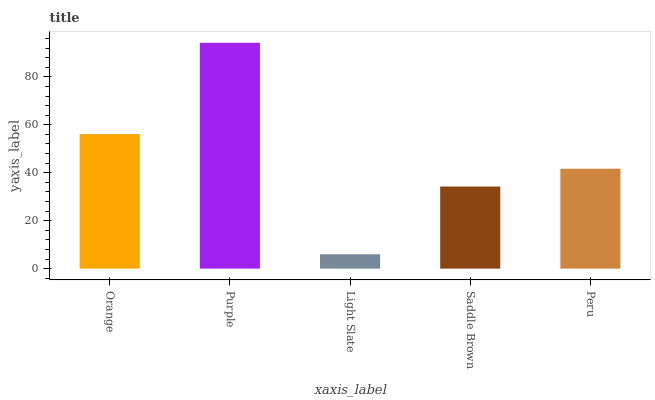
| xaxis_label | bars |
 | --- | --- |
 | Orange | 56.1 |
 | Purple | 94.2 |
 | Light Slate | 5.98 |
 | Saddle Brown | 34.3 |
 | Peru | 41.7 |